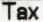
TAX